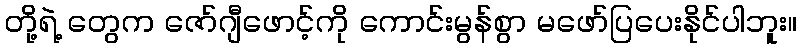
တို့ရဲ့ တွေက ဇော်ဂျီဖောင့်ကို ကောင်းမွန်စွာ မဖော်ပြပေးနိုင်ပါဘူး။